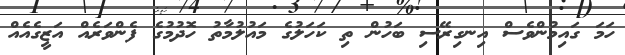
ހަމަ ގައިމުންވެސް އިނގިރޭސި ބަހުން ތި ކަހަލުގެ މައުލުމާތު ހޮދުމުގެ ފެންވަރެއް އަޒީގެއެއް